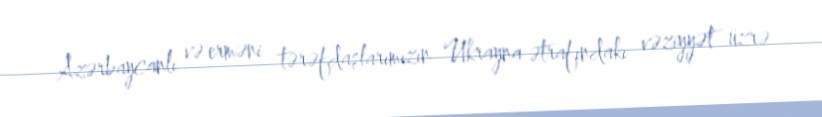
Azərbaycanlı və erməni tərəfdaşlarımızın Ukrayna ətrafındakı vəziyyət üzrə